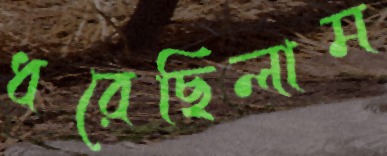
ধরেছিলাম